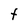
Character: t